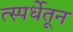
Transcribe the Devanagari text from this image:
त्स्पर्धेतून